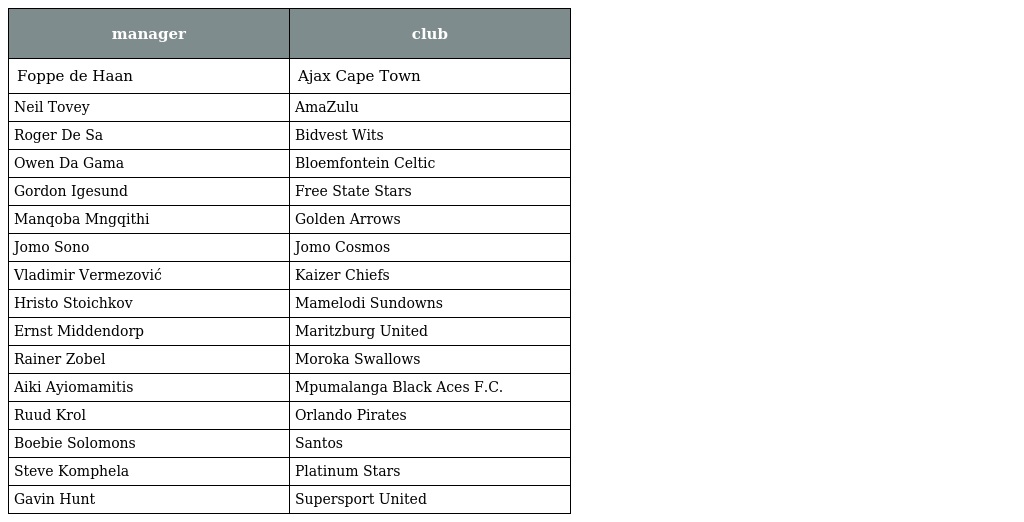
| manager | club |
 | --- | --- |
 | Foppe de Haan | Ajax Cape Town |
 | Neil Tovey | AmaZulu |
 | Roger De Sa | Bidvest Wits |
 | Owen Da Gama | Bloemfontein Celtic |
 | Gordon Igesund | Free State Stars |
 | Manqoba Mngqithi | Golden Arrows |
 | Jomo Sono | Jomo Cosmos |
 | Vladimir Vermezović | Kaizer Chiefs |
 | Hristo Stoichkov | Mamelodi Sundowns |
 | Ernst Middendorp | Maritzburg United |
 | Rainer Zobel | Moroka Swallows |
 | Aiki Ayiomamitis | Mpumalanga Black Aces F.C. |
 | Ruud Krol | Orlando Pirates |
 | Boebie Solomons | Santos |
 | Steve Komphela | Platinum Stars |
 | Gavin Hunt | Supersport United |